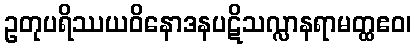
ဥတုပရိဿယဝိနောဒနပဋိသလ္လာနရာမတ္ထဧဝ၊